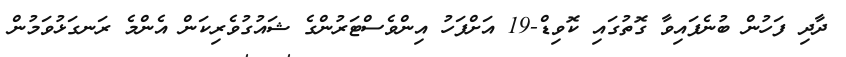
ދާދި ފަހުން ބުނެފައިވާ ގޮތުގައި ކޮވިޑް-19 އަށްފަހު އިންވެސްޓަރުންގެ ޝައުގުވެރިކަން އެންމެ ރަނގަޅުވަމުން